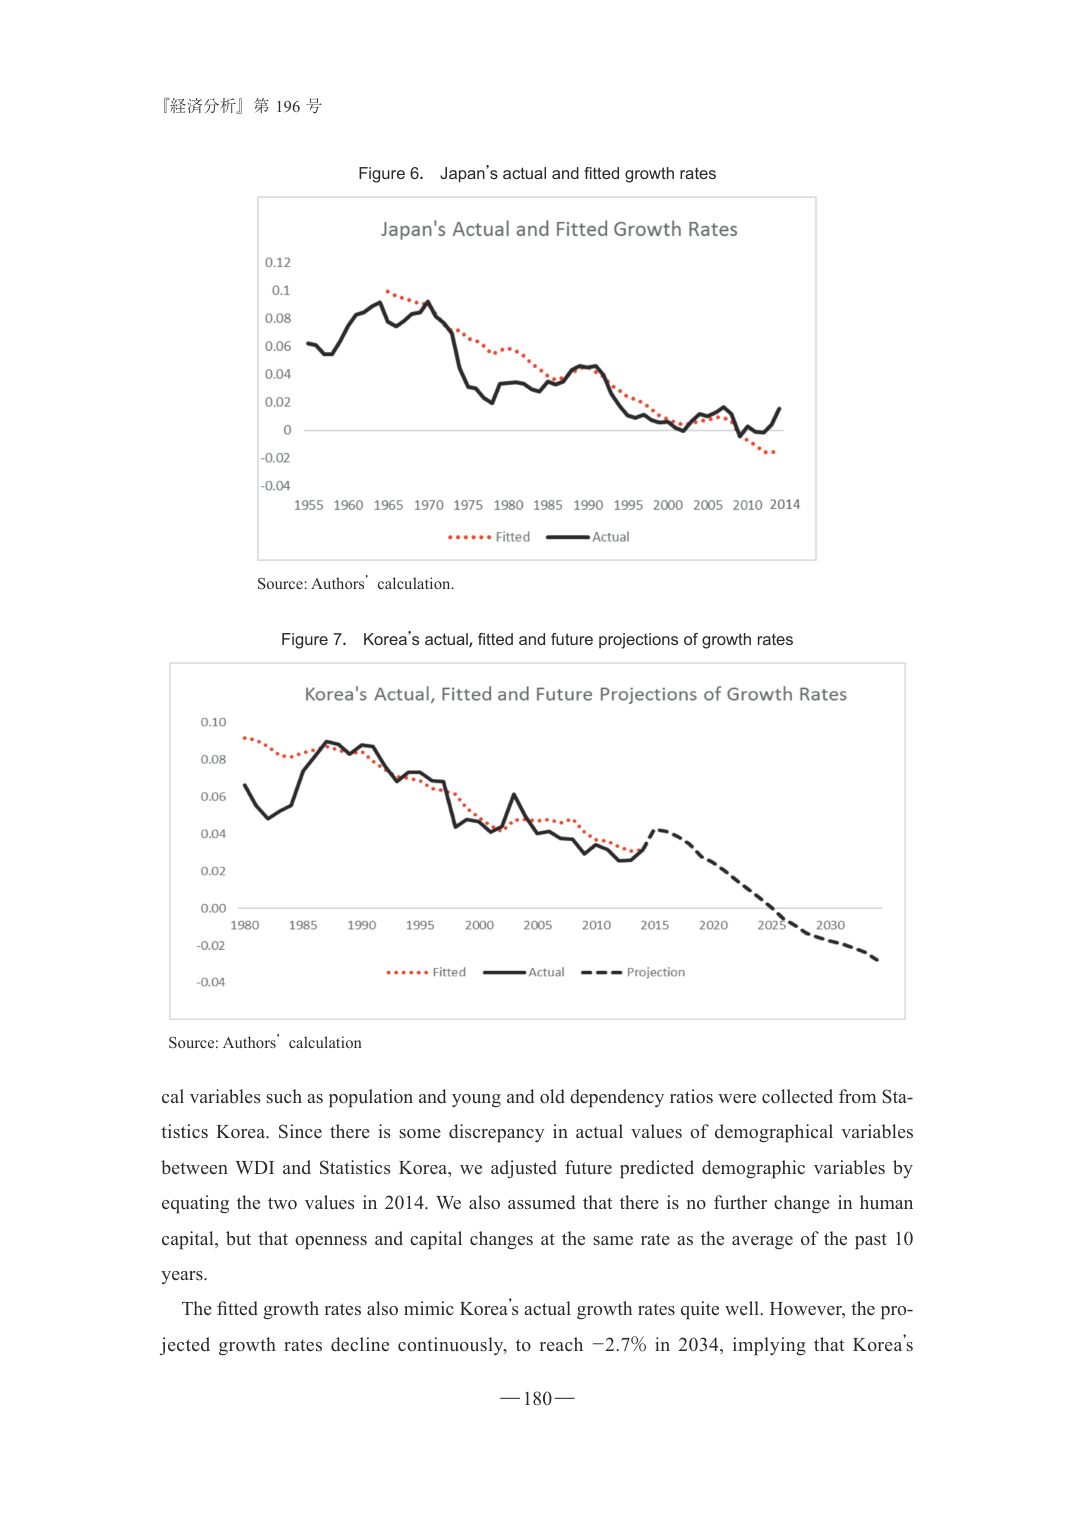
『経済分析』第 196 号

Figure 6. Japan's actual and fitted growth rates

Japan's Actual and Fitted Growth Rates

0.12
0.10
0.08
0.06
0.04
0.02
0
-0.02
-0.04

1955 1960 1965 1970 1975 1980 1985 1990 1995 2000 2005 2010 2014

Fitted Actual

Source: Authors’ calculation.

Figure 7. Korea’s actual, fitted and future projections of growth rates

Korea’s Actual, Fitted and Future Projections of Growth Rates

0.10
0.08
0.06
0.04
0.02
0.00
-0.02
-0.04

1980 1985 1990 1995 2000 2005 2010 2015 2020 2025 2030

Fitted Actual Projection

Source: Authors’ calculation

cal variables such as population and young and old dependency ratios were collected from Statistics Korea. Since there is some discrepancy in actual values of demographical variables between WDI and Statistics Korea, we adjusted future predicted demographic variables by equating the two values in 2014. We also assumed that there is no further change in human capital, but that openness and capital changes at the same rate as the average of the past 10 years.

The fitted growth rates also mimic Korea’s actual growth rates quite well. However, the projected growth rates decline continuously, to reach −2.7% in 2034, implying that Korea’s

—180—